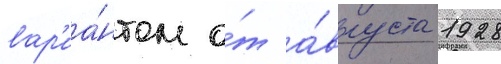
вар'иа́нтом о́т а́вгуста 1928